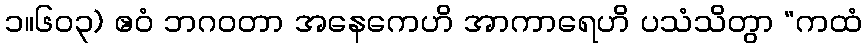
၁။၆၀၃) ဧဝံ ဘဂဝတာ အနေကေဟိ အာကာရေဟိ ပသံသိတွာ “ကထံ